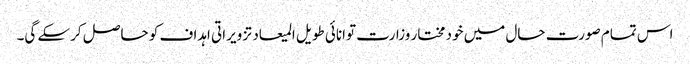
اس تمام صورت حال میں خود مختار وزارت توانائی طویل المیعاد تزویراتی اہداف کو حاصل کرسکے گی۔